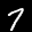
Label: 7